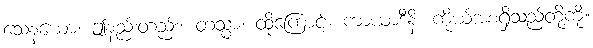
သေနယော၊ ဤနည်းတည်း။ တသ္မာ၊ ထို့ကြောင့်။ ကာယာဒီနိ၊ ကိုယ်အစရှိသည်တို့ကို။